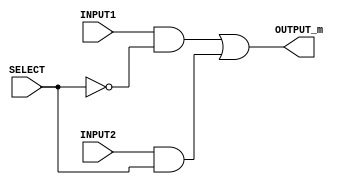
`timescale 1ns/100ps

module mux_bit(OUTPUT_m, INPUT1,INPUT2,SELECT);
	// Declaration of input and output ports
    input SELECT, INPUT1,INPUT2;
    output OUTPUT_m ;
    wire orIn1 ,orIn2;

	// MUX implementation
    // Output = {INPUT1 & (!SELECT) | INPUT2 & SELECT}
    assign orIn1 = INPUT1 & (!SELECT);
    assign orIn2 = INPUT2 & SELECT;
    assign OUTPUT_m = orIn1 | orIn2;
endmodule

module LSMUX(INPUT1,INPUT2,SELECT,OUTPUT);
    input [7:0] INPUT1,INPUT2;
    input SELECT;
    output reg [7:0] OUTPUT;

    // When update atleast one of INPUT1, INPUT2 or SELECT
    always @ (INPUT1, INPUT2, SELECT)
	begin
		if (SELECT == 1'b1)		// If SELECT is 1, switch to 2nd input
		begin
			OUTPUT = INPUT2;
		end
		else					// If SELECT is 0, switch to 1st input
		begin
			OUTPUT = INPUT1;
		end
	end
endmodule


module LEFT_SHIFT(DATA1, DATA2, OUTPUT);

	// Declaration of input and output ports
    input [7:0] DATA1, DATA2;
    output  [7:0] OUTPUT;
    
	// Intermediate connections between MUX layers 
    wire [7:0] layer1OUT,layer2OUT,layer3OUT;
    wire s[7:0];


	// MUX Layer 1
    mux_bit layer10(layer1OUT[0],DATA1[0],1'b0,DATA2[0]);
    mux_bit layer11(layer1OUT[1],DATA1[1],DATA1[0],DATA2[0]);
    mux_bit layer12(layer1OUT[2],DATA1[2],DATA1[1],DATA2[0]);
    mux_bit layer13(layer1OUT[3],DATA1[3],DATA1[2],DATA2[0]);
    mux_bit layer14(layer1OUT[4],DATA1[4],DATA1[3],DATA2[0]);
    mux_bit layer15(layer1OUT[5],DATA1[5],DATA1[4],DATA2[0]);
    mux_bit layer16(layer1OUT[6],DATA1[6],DATA1[5],DATA2[0]);
    mux_bit layer17(layer1OUT[7],DATA1[7],DATA1[6],DATA2[0]);
  
	// MUX Layer 2
    mux_bit layer20(layer2OUT[0],layer1OUT[0],1'b0,DATA2[1]);    
    mux_bit layer21(layer2OUT[1],layer1OUT[1],1'b0,DATA2[1]);
    mux_bit layer22(layer2OUT[2],layer1OUT[2],layer1OUT[0],DATA2[1]);
    mux_bit layer23(layer2OUT[3],layer1OUT[3],layer1OUT[1],DATA2[1]);
    mux_bit layer24(layer2OUT[4],layer1OUT[4],layer1OUT[2],DATA2[1]);
    mux_bit layer25(layer2OUT[5],layer1OUT[5],layer1OUT[3],DATA2[1]);
    mux_bit layer26(layer2OUT[6],layer1OUT[6],layer1OUT[4],DATA2[1]);
    mux_bit layer27(layer2OUT[7],layer1OUT[7],layer1OUT[5],DATA2[1]);
  
	// MUX Layer 3
    mux_bit layer30(layer3OUT[0],layer2OUT[0],1'b0,DATA2[2]);    
    mux_bit layer31(layer3OUT[1],layer2OUT[1],1'b0,DATA2[2]);
    mux_bit layer32(layer3OUT[2],layer2OUT[2],1'b0,DATA2[2]);
    mux_bit layer33(layer3OUT[3],layer2OUT[3],1'b0,DATA2[2]);
    mux_bit layer34(layer3OUT[4],layer2OUT[4],layer2OUT[0],DATA2[2]);
    mux_bit layer35(layer3OUT[5],layer2OUT[5],layer2OUT[1],DATA2[2]);
    mux_bit layer36(layer3OUT[6],layer2OUT[6],layer2OUT[2],DATA2[2]);
    mux_bit layer37(layer3OUT[7],layer2OUT[7],layer2OUT[3],DATA2[2]);

	// Assigning final output after 2 time unit delay
	// If shift amount is 8, then output >>>> 8'd0
    assign #2 OUTPUT= (DATA2==8'd8)? 8'd0:layer3OUT;	
endmodule

module RIGHT_SHIFT(DATA1, DATA02, OUTPUT);

    // Declaration of input and output ports
    input [7:0] DATA1, DATA02;
    output  [7:0] OUTPUT;
    
    // Intermediate connections between MUX layers 
    wire [7:0] layer1OUT, layer2OUT, layer3OUT, DATA2;
    assign #1 DATA2 = ~DATA02 + 1;
  
    // MUX Layer 1
    mux_bit layer10(layer1OUT[0], DATA1[0], DATA1[1], DATA2[0]);
    mux_bit layer11(layer1OUT[1], DATA1[1], DATA1[2], DATA2[0]);
    mux_bit layer12(layer1OUT[2], DATA1[2], DATA1[3], DATA2[0]);
    mux_bit layer13(layer1OUT[3], DATA1[3], DATA1[4], DATA2[0]);
    mux_bit layer14(layer1OUT[4], DATA1[4], DATA1[5], DATA2[0]);
    mux_bit layer15(layer1OUT[5], DATA1[5], DATA1[6], DATA2[0]);
    mux_bit layer16(layer1OUT[6], DATA1[6], DATA1[7], DATA2[0]);
    mux_bit layer17(layer1OUT[7], DATA1[7], 1'b0, DATA2[0]);
  
    // MUX Layer 2
    mux_bit layer20(layer2OUT[0], layer1OUT[0], layer1OUT[2], DATA2[1]);    
    mux_bit layer21(layer2OUT[1], layer1OUT[1], layer1OUT[3], DATA2[1]);
    mux_bit layer22(layer2OUT[2], layer1OUT[2], layer1OUT[4], DATA2[1]);
    mux_bit layer23(layer2OUT[3], layer1OUT[3], layer1OUT[5], DATA2[1]);
    mux_bit layer24(layer2OUT[4], layer1OUT[4], layer1OUT[6], DATA2[1]);
    mux_bit layer25(layer2OUT[5], layer1OUT[5], layer1OUT[7], DATA2[1]);
    mux_bit layer26(layer2OUT[6], layer1OUT[6], 1'b0, DATA2[1]);
    mux_bit layer27(layer2OUT[7], layer1OUT[7], 1'b0, DATA2[1]);
  
    // MUX Layer 3
    mux_bit layer30(layer3OUT[0], layer2OUT[0], layer2OUT[4], DATA2[2]);    
    mux_bit layer31(layer3OUT[1], layer2OUT[1], layer2OUT[5], DATA2[2]);
    mux_bit layer32(layer3OUT[2], layer2OUT[2], layer2OUT[6], DATA2[2]);
    mux_bit layer33(layer3OUT[3], layer2OUT[3], layer2OUT[7], DATA2[2]);
    mux_bit layer34(layer3OUT[4], layer2OUT[4], 1'b0, DATA2[2]);
    mux_bit layer35(layer3OUT[5], layer2OUT[5], 1'b0, DATA2[2]);
    mux_bit layer36(layer3OUT[6], layer2OUT[6], 1'b0, DATA2[2]);
    mux_bit layer37(layer3OUT[7], layer2OUT[7], 1'b0, DATA2[2]);

    // Assigning final output after 2 time unit delay
    // If shift amount is 8, then output >>>> 8'd0
    assign #2 OUTPUT = (DATA2 == 8'd8) ? 8'd0 : layer3OUT;  
endmodule

module LOG_SHIFT(DATA1, DATA2, OUTPUT);

    // Declaration of input and output ports
    input [7:0] DATA1, DATA2;
    output  [7:0] OUTPUT;

    // Intermediate connections
    wire [7:0] OUTPUT_leftShift, OUTPUT_rightShift;

    // Instantiating the modules for logical shift
    LEFT_SHIFT sll_(DATA1, DATA2, OUTPUT_leftShift);
    RIGHT_SHIFT srl(DATA1, DATA2, OUTPUT_rightShift);
    LSMUX lsmux_(OUTPUT_leftShift,OUTPUT_rightShift, DATA2[7], OUTPUT); 
endmodule


module ARITH_RIGHT_SHIFT(DATA1, DATA2, OUTPUT);

    // Declaration of input and output ports
    input [7:0] DATA1, DATA2;
    output  [7:0] OUTPUT;
    
    // Intermediate connections between MUX layers 
    wire [7:0] layer1OUT, layer2OUT, layer3OUT;
    wire s[7:0];
  
    // MUX Layer 1
    mux_bit layer10(layer1OUT[0], DATA1[0], DATA1[1], DATA2[0]);
    mux_bit layer11(layer1OUT[1], DATA1[1], DATA1[2], DATA2[0]);
    mux_bit layer12(layer1OUT[2], DATA1[2], DATA1[3], DATA2[0]);
    mux_bit layer13(layer1OUT[3], DATA1[3], DATA1[4], DATA2[0]);
    mux_bit layer14(layer1OUT[4], DATA1[4], DATA1[5], DATA2[0]);
    mux_bit layer15(layer1OUT[5], DATA1[5], DATA1[6], DATA2[0]);
    mux_bit layer16(layer1OUT[6], DATA1[6], DATA1[7], DATA2[0]);
    mux_bit layer17(layer1OUT[7], DATA1[7], DATA1[7], DATA2[0]);
  
    // MUX Layer 2
    mux_bit layer20(layer2OUT[0], layer1OUT[0], layer1OUT[2], DATA2[1]);    
    mux_bit layer21(layer2OUT[1], layer1OUT[1], layer1OUT[3], DATA2[1]);
    mux_bit layer22(layer2OUT[2], layer1OUT[2], layer1OUT[4], DATA2[1]);
    mux_bit layer23(layer2OUT[3], layer1OUT[3], layer1OUT[5], DATA2[1]);
    mux_bit layer24(layer2OUT[4], layer1OUT[4], layer1OUT[6], DATA2[1]);
    mux_bit layer25(layer2OUT[5], layer1OUT[5], layer1OUT[7], DATA2[1]);
    mux_bit layer26(layer2OUT[6], layer1OUT[6], layer1OUT[7], DATA2[1]);
    mux_bit layer27(layer2OUT[7], layer1OUT[7], layer1OUT[7], DATA2[1]);
  
    // MUX Layer 3
    mux_bit layer30(layer3OUT[0], layer2OUT[0], layer2OUT[4], DATA2[2]);    
    mux_bit layer31(layer3OUT[1], layer2OUT[1], layer2OUT[5], DATA2[2]);
    mux_bit layer32(layer3OUT[2], layer2OUT[2], layer2OUT[6], DATA2[2]);
    mux_bit layer33(layer3OUT[3], layer2OUT[3], layer2OUT[7], DATA2[2]);
    mux_bit layer34(layer3OUT[4], layer2OUT[4], layer2OUT[7], DATA2[2]);
    mux_bit layer35(layer3OUT[5], layer2OUT[5], layer2OUT[7], DATA2[2]);
    mux_bit layer36(layer3OUT[6], layer2OUT[6], layer2OUT[7], DATA2[2]);
    mux_bit layer37(layer3OUT[7], layer2OUT[7], layer2OUT[7], DATA2[2]);

    // Assigning final output after 2 time unit delay
    // If shift amount is 8, then output >>>> 8'd0
    assign #2 OUTPUT = layer3OUT;  
endmodule


module ROT_RIGHT(DATA1, DATA2, OUTPUT);

    // Declaration of input and output ports
    input [7:0] DATA1, DATA2;
    output  [7:0] OUTPUT;
    
    // Intermediate connections between MUX layers 
    wire [7:0] layer1OUT, layer2OUT, layer3OUT;
    wire s[7:0];
  
    // MUX Layer 1
    mux_bit layer10(layer1OUT[0], DATA1[0], DATA1[1], DATA2[0]);
    mux_bit layer11(layer1OUT[1], DATA1[1], DATA1[2], DATA2[0]);
    mux_bit layer12(layer1OUT[2], DATA1[2], DATA1[3], DATA2[0]);
    mux_bit layer13(layer1OUT[3], DATA1[3], DATA1[4], DATA2[0]);
    mux_bit layer14(layer1OUT[4], DATA1[4], DATA1[5], DATA2[0]);
    mux_bit layer15(layer1OUT[5], DATA1[5], DATA1[6], DATA2[0]);
    mux_bit layer16(layer1OUT[6], DATA1[6], DATA1[7], DATA2[0]);
    mux_bit layer17(layer1OUT[7], DATA1[7], DATA1[0], DATA2[0]);
  
    // MUX Layer 2
    mux_bit layer20(layer2OUT[0], layer1OUT[0], layer1OUT[2], DATA2[1]);    
    mux_bit layer21(layer2OUT[1], layer1OUT[1], layer1OUT[3], DATA2[1]);
    mux_bit layer22(layer2OUT[2], layer1OUT[2], layer1OUT[4], DATA2[1]);
    mux_bit layer23(layer2OUT[3], layer1OUT[3], layer1OUT[5], DATA2[1]);
    mux_bit layer24(layer2OUT[4], layer1OUT[4], layer1OUT[6], DATA2[1]);
    mux_bit layer25(layer2OUT[5], layer1OUT[5], layer1OUT[7], DATA2[1]);
    mux_bit layer26(layer2OUT[6], layer1OUT[6], layer1OUT[0], DATA2[1]);
    mux_bit layer27(layer2OUT[7], layer1OUT[7], layer1OUT[1], DATA2[1]);
  
    // MUX Layer 3
    mux_bit layer30(layer3OUT[0], layer2OUT[0], layer2OUT[4], DATA2[2]);    
    mux_bit layer31(layer3OUT[1], layer2OUT[1], layer2OUT[5], DATA2[2]);
    mux_bit layer32(layer3OUT[2], layer2OUT[2], layer2OUT[6], DATA2[2]);
    mux_bit layer33(layer3OUT[3], layer2OUT[3], layer2OUT[7], DATA2[2]);
    mux_bit layer34(layer3OUT[4], layer2OUT[4], layer2OUT[0], DATA2[2]);
    mux_bit layer35(layer3OUT[5], layer2OUT[5], layer2OUT[1], DATA2[2]);
    mux_bit layer36(layer3OUT[6], layer2OUT[6], layer2OUT[2], DATA2[2]);
    mux_bit layer37(layer3OUT[7], layer2OUT[7], layer2OUT[3], DATA2[2]);

    // Assigning final output after 2 time unit delay
    // If shift amount is 8, then output >>>> 8'd0
    assign #2 OUTPUT = (DATA2 == 8'd8) ? DATA1 : layer3OUT;  
endmodule